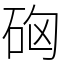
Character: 𥑪